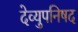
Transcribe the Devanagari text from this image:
देव्युपनिषद